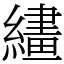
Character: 繣